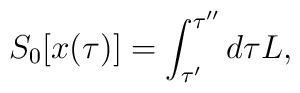
S_0[x(\tau)] =\int_{\tau'}^{\tau''} d \tau L,